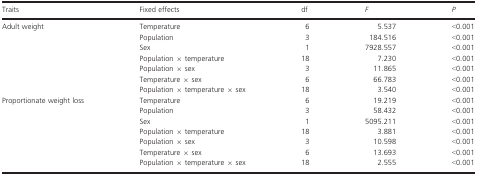
<table><thead><tr><td><b>Traits</b></td><td><b>Fixed effects</b></td><td><b>df</b></td><td><b><i>F</i></b></td><td><b><i>P</i></b></td></tr></thead><tbody><tr><td rowspan="7">Adult weight</td><td>Temperature</td><td>6</td><td>5.537</td><td>&lt;0.001</td></tr><tr><td>Population</td><td>3</td><td>184.516</td><td>&lt;0.001</td></tr><tr><td>Sex</td><td>1</td><td>7928.557</td><td>&lt;0.001</td></tr><tr><td>Population × temperature</td><td>18</td><td>7.230</td><td>&lt;0.001</td></tr><tr><td>Population × sex</td><td>3</td><td>11.865</td><td>&lt;0.001</td></tr><tr><td>Temperature × sex</td><td>6</td><td>66.783</td><td>&lt;0.001</td></tr><tr><td>Population × temperature × sex</td><td>18</td><td>3.540</td><td>&lt;0.001</td></tr><tr><td rowspan="7">Proportionate weight loss</td><td>Temperature</td><td>6</td><td>19.219</td><td>&lt;0.001</td></tr><tr><td>Population</td><td>3</td><td>58.432</td><td>&lt;0.001</td></tr><tr><td>Sex</td><td>1</td><td>5095.211</td><td>&lt;0.001</td></tr><tr><td>Population × temperature</td><td>18</td><td>3.881</td><td>&lt;0.001</td></tr><tr><td>Population × sex</td><td>3</td><td>10.598</td><td>&lt;0.001</td></tr><tr><td>Temperature × sex</td><td>6</td><td>13.693</td><td>&lt;0.001</td></tr><tr><td>Population × temperature × sex</td><td>18</td><td>2.555</td><td>&lt;0.001</td></tr></tbody></table>